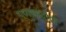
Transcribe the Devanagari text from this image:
प्रकाशदीपों